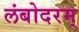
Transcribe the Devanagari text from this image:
लंबोदरम्